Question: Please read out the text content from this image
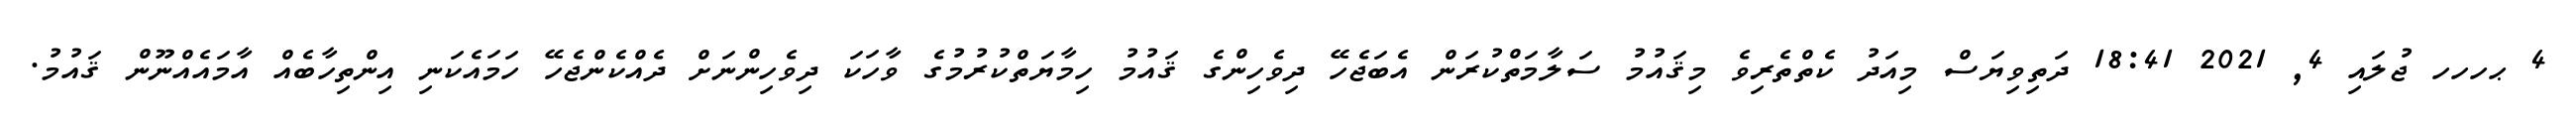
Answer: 4 ޙހހހ ޖުލައި 4, 2021 18:41 ދަތިވިޔަސް މިއަދު ކެތްތެރިވެ މިޤައުމު ސަލާމަތްކުރަން އެބަޖެހޭ ދިވެހިންގެ ޤައުމު ހިމާޔަތްކުރުމުގެ ވާހަކަ ދިވެހިންނަށް ދެއްކެންޖެހޭ ހަމައެކަނި އިންތިހާބެއް އާމައެއްނޫން ޤައުމު.